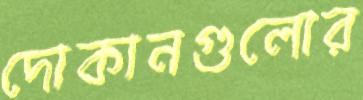
দোকানগুলোর